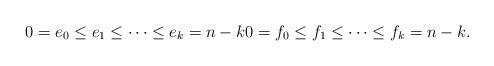
LaTeX: \begin{align*}0 = e_0 \le e_1 \le \cdots \le e_k = n-k 0=f_0 \le f_1 \le \cdots \le f_k = n-k .\end{align*}